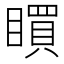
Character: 䁲